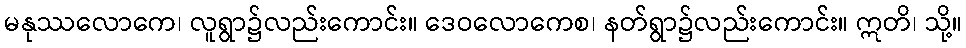
မနုဿလောကေ၊ လူရွာ၌လည်းကောင်း။ ဒေဝလောကေစ၊ နတ်ရွာ၌လည်းကောင်း။ ဣတိ၊ သို့။